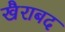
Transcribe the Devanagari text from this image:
खैराबद